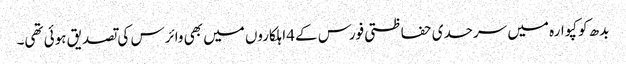
بدھ کو کپوارہ میں سرحدی حفاظتی فورس کے 4اہلکاروں میں بھی وائرس کی تصدیق ہوئی تھی۔